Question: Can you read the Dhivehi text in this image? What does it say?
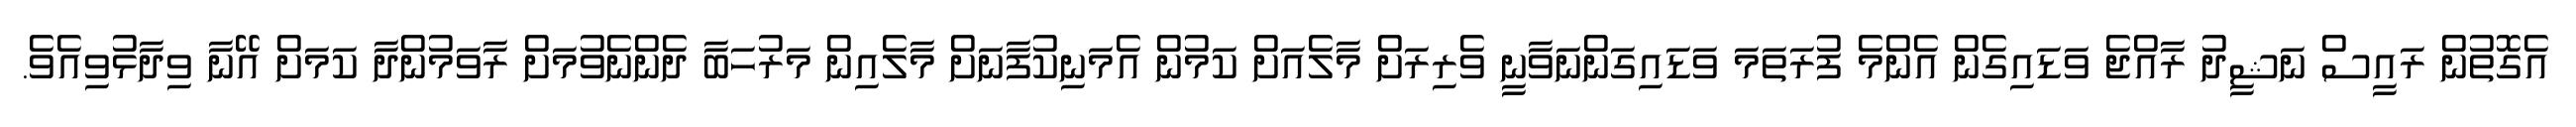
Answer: އެގޮތުން ރައީސް ނަޝީދު ރާއްޖެ ވަޑައިގެން އެންމެ ފުރަތަމަ ވަޑައިގަންނަވާނީ ވެރިރަށް މާލެއަށް ކަމުން އެމަނިކުފާނަށް މާލެއިން މަރުހަބާ ދެންނެވުމަށް ރާވަމުންދާ ކަމަށް އޭނާ ވިދާޅުވިއެވެ.